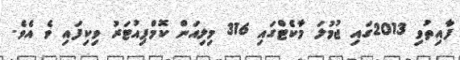
ފާއިތުވި 2013ގައި ޖުމުލަ މާކެޓްގައި 316 މިލިއަން ކޮމްޕިއުޓަރު ވިކިފައި ވެ އެވެ.